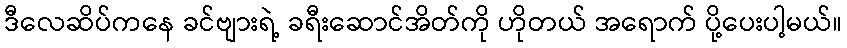
ဒီလေဆိပ်ကနေ ခင်ဗျားရဲ့ ခရီးဆောင်အိတ်ကို ဟိုတယ် အရောက် ပို့ပေးပါ့မယ်။